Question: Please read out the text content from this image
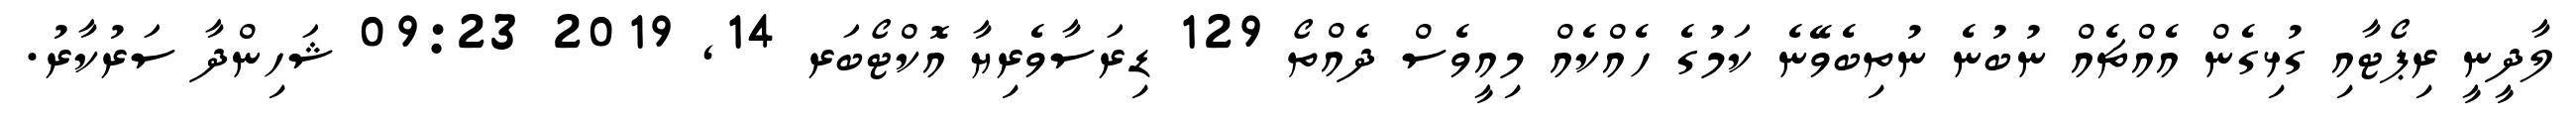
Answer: ލާދީނީ ރިޕޯޓާއި ގުޅިގެން އެއްޗެއް ނުބުނެ ނުތިބެވޭނެ ކަމުގެ ހެއްކެއް މިއީވެސް ދެއްތޯ 129 ޑިރަސާވެރިޔާ އޮކްޓޯބަރ 14, 2019 09:23 ޝަހިންދާ ސަރުކާރު.